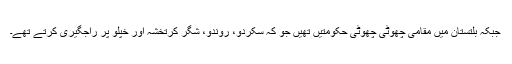
جبکہ بلتستان میں مقامی چھوٹی چھوٹی حکومتیں تھیں جو کہ سکردو، روندو، شگر کرتخشہ اور خپلو پر راجگیری کرتے تھے۔